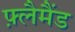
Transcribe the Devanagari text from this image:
फ़्लैमैंड